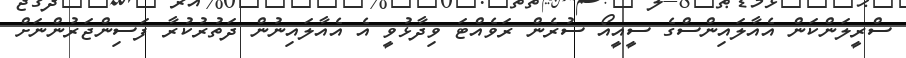
ސްރީލަންކަން އެއާލައިންސްގެ ސީއީއޯ ސުރެން ރަވެއްޓަ ވިދާޅުވީ އެ އެއާލައިނުން ދަތުރުކުރާ ފަސިންޖަރުންނަށް